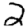
Digit: 2